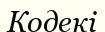
Кодекі